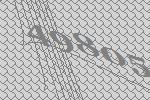
49805